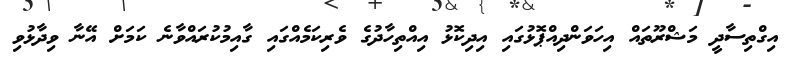
އިގްތިސާދީ މަޝްރޫތައް އިހަވަންދިއްޕޮޅުގައި އިދިކޮޅު އިއްތިހާދުގެ ވެރިކަމެއްގައި ގާއިމުކުރައްވާނެ ކަމަށް އޭނާ ވިދާޅުވި